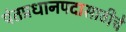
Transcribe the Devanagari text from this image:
पंतप्रधानपदासाठीचे